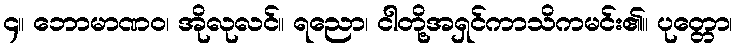
၄။ ဘောမာဏဝ၊ အိုလုလင်။ ရညော၊ ငါတို့အရှင်ကာသိကမင်း၏။ ပုတ္တော၊